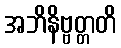
အဘိနိဗ္ဗတ္တတိ